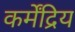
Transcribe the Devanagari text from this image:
कर्मेंद्रिय